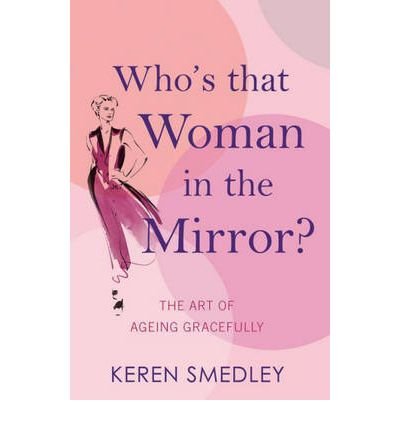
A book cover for Who's That Woman in the Mirror?: The Art of Ageing Gracefully (Paperback) - Common; By (author) Keren Smedley; Health, Fitness & Dieting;